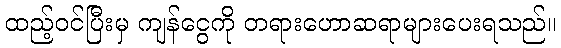
ထည့်ဝင်ပြီးမှ ကျန်ငွေကို တရားဟောဆရာများပေးရသည်။